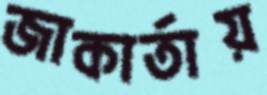
জাকার্তায়